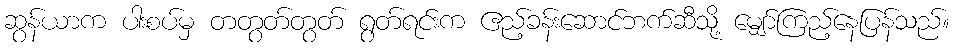
ဆွန်ယာက ပါးစပ်မှ တတွတ်တွတ် ရွတ်ရင်းက ဧည့်ခန်းဆောင်ဘက်ဆီသို့ မျှော်ကြည့်နေပြန်သည်။